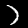
Label: 7